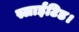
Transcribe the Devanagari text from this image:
स्लाईटिड।